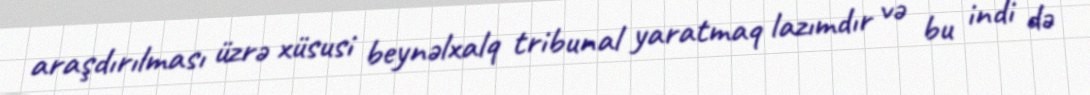
araşdırılması üzrə xüsusi beynəlxalq tribunal yaratmaq lazımdır və bu indi də